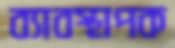
ব্যাবস্থাপক